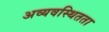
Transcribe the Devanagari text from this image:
अव्यवस्थितता